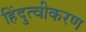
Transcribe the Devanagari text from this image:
हिंदुत्वीकरण